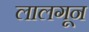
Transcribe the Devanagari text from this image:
लालगून